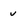
Character: v